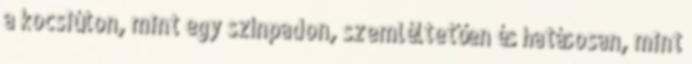
a kocsiúton, mint egy színpadon, szemléltetően és hatásosan, mint